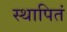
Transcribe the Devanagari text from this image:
स्थापितं